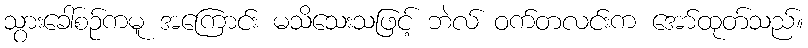
သွားခေါ်စဉ်ကမူ အကြောင်း မသိသေးသဖြင့် ဘဲလ် ဝက်တလင်းက အော်ထုတ်သည်။